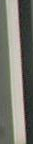
|